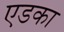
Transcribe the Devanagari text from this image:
एडका